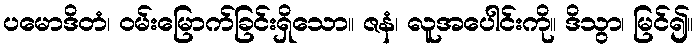
ပမောဒိတံ၊ ဝမ်းမြောက်ခြင်းရှိသော။ ဇနံ၊ လူအပေါင်းကို။ ဒိသွာ၊ မြင်၍။